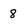
Character: 8